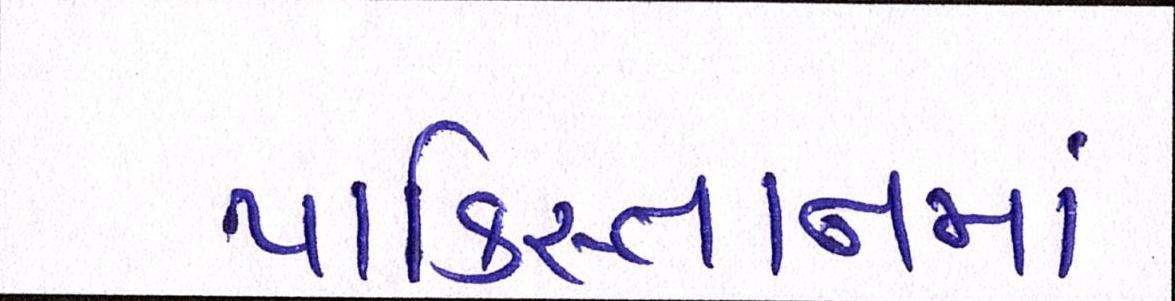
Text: પાકિસ્તાનમાં